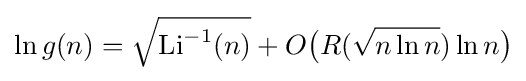
\ln g(n)={\sqrt {\operatorname {Li} ^{-1}(n)}}+O{\bigl (}R({\sqrt {n\ln n}})\ln n{\bigr )}